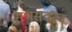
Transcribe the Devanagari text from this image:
सभसदत्व